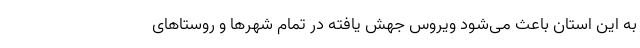
به این استان باعث می‌شود ویروس جهش یافته در تمام شهرها و روستاهای